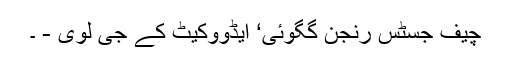
چیف جسٹس رنجن گگوئی‘ ایڈووکیٹ کے جی لوی - ۔